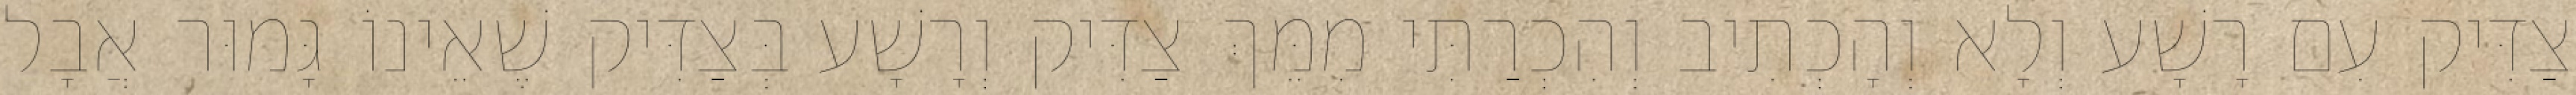
צַדִּיק עִם רָשָׁע וְלָא וְהָכְתִיב וְהִכְרַתִּי מִמֵּךְ צַדִּיק וְרָשָׁע בְּצַדִּיק שֶׁאֵינוֹ גָּמוּר אֲבָל